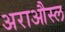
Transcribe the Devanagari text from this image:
अराऔस्ल